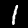
Digit: 1